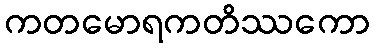
ကတမောရကတိဿကော